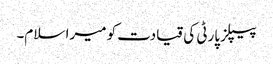
پیپلز پارٹی کی قیادت کو میرا سلام۔